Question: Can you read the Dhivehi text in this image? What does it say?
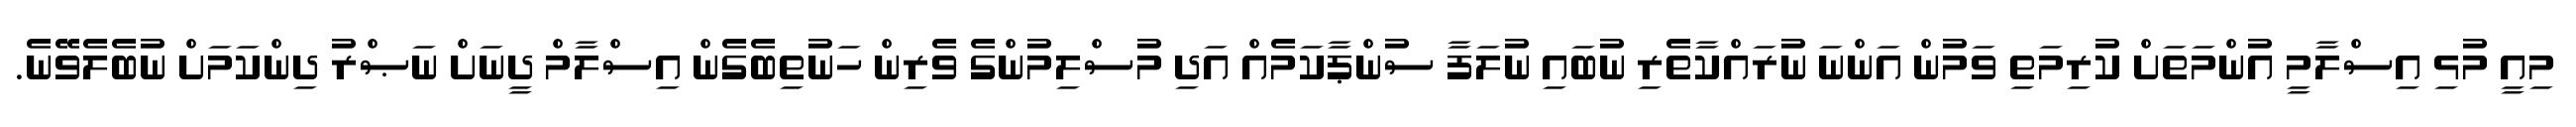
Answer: މިއީ މުޅި އިސްލާމީ އުންމަތަށް ކުރިމަތި ވަމުން އަންނަ ނުރައްކާތެރި ނުބައި ނުލަފާ ސުންޕާކަމެއް އަދި މުސްލިމުންގެ ވެރިން ހަނުތިބެގެން އިސްލާމް ދީނަށް ނަޞްރު ދިންކަމަށް ނުބެލެވޭނެ.